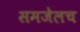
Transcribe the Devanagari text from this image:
समजेलच